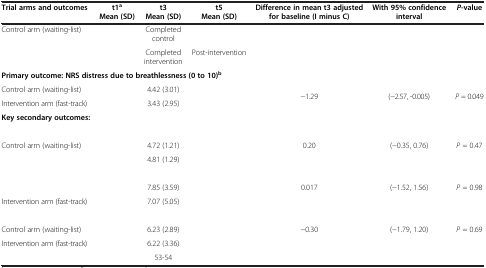
<table><thead><tr><td><b>Trial arms and outcomes</b></td><td><b>t1<sup>a</sup>Mean (SD)</b></td><td><b>t3 Mean (SD)</b></td><td><b>t5 Mean (SD)</b></td><td><b>Difference in mean t3 adjusted for baseline (I minus C)</b></td><td><b>With 95% confidence interval</b></td><td><b><i>P</i>-value</b></td></tr></thead><tbody><tr><td>Control arm (waiting-list)</td><td>[EMPTY_CELL]</td><td>Completed control</td><td>[EMPTY_CELL]</td><td rowspan="2">[EMPTY_CELL]</td><td rowspan="2">[EMPTY_CELL]</td><td rowspan="2">[EMPTY_CELL]</td></tr><tr><td>[EMPTY_CELL]</td><td>[EMPTY_CELL]</td><td>Completed intervention</td><td>Post-intervention</td></tr><tr><td colspan="7"><b>Primary outcome: NRS distress due to breathlessness (0 to 10)</b><sup><b>b</b></sup></td></tr><tr><td>Control arm (waiting-list)</td><td>[EMPTY_CELL]</td><td>4.42 (3.01)</td><td>[EMPTY_CELL]</td><td rowspan="2">−1.29</td><td rowspan="2">(−2.57, -0.005)</td><td rowspan="2"><i>P</i> = 0.049</td></tr><tr><td>Intervention arm (fast-track)</td><td>[EMPTY_CELL]</td><td>3.43 (2.95)</td><td>[EMPTY_CELL]</td></tr><tr><td colspan="7"><b>Key secondary outcomes:</b></td></tr><tr><td colspan="7">[EMPTY_CELL]</td></tr><tr><td>Control arm (waiting-list)</td><td>[EMPTY_CELL]</td><td>4.72 (1.21)</td><td>[EMPTY_CELL]</td><td rowspan="2">0.20</td><td rowspan="2">(−0.35, 0.76)</td><td rowspan="2"><i>P</i> = 0.47</td></tr><tr><td>[EMPTY_CELL]</td><td>[EMPTY_CELL]</td><td>4.81 (1.29)</td><td>[EMPTY_CELL]</td></tr><tr><td colspan="7">[EMPTY_CELL]</td></tr><tr><td>[EMPTY_CELL]</td><td>[EMPTY_CELL]</td><td>7.85 (3.59)</td><td>[EMPTY_CELL]</td><td rowspan="2">0.017</td><td rowspan="2">(−1.52, 1.56)</td><td rowspan="2"><i>P</i> = 0.98</td></tr><tr><td>Intervention arm (fast-track)</td><td>[EMPTY_CELL]</td><td>7.07 (5.05)</td><td>[EMPTY_CELL]</td></tr><tr><td colspan="7">[EMPTY_CELL]</td></tr><tr><td>Control arm (waiting-list)</td><td>[EMPTY_CELL]</td><td>6.23 (2.89)</td><td>[EMPTY_CELL]</td><td rowspan="3">−0.30</td><td rowspan="3">(−1.79, 1.20)</td><td rowspan="3"><i>P</i> = 0.69</td></tr><tr><td>Intervention arm (fast-track)</td><td>[EMPTY_CELL]</td><td>6.22 (3.36)</td><td>[EMPTY_CELL]</td></tr><tr><td>[EMPTY_CELL]</td><td>[EMPTY_CELL]</td><td>53-54</td><td>[EMPTY_CELL]</td></tr></tbody></table>